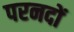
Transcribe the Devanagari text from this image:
परनदों